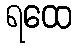
ရထေ